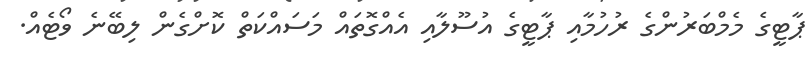
ޕާޓީގެ މެމްބަރުންގެ ރުހުމާއި ޕާޓީގެ އުސޫލާއި އެއްގޮތައް މަސައްކަތް ކޮށްގެން ލިބޭނެ ވޯޓެއް.